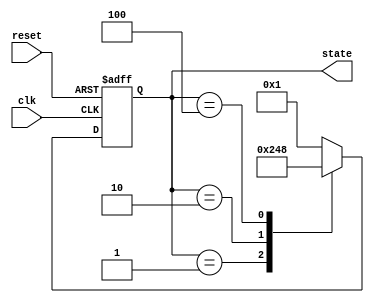
module ring_counter_moore (
    input wire clk,           // Clock signal
    input wire reset,         // Asynchronous reset signal
    output reg [3:0] state    // 4-bit output representing the state
);

// State encoding
localparam STATE_0 = 4'b0001; // State 0
localparam STATE_1 = 4'b0010; // State 1
localparam STATE_2 = 4'b0100; // State 2
localparam STATE_3 = 4'b1000; // State 3

// Sequential logic for state transitions
always @(posedge clk or posedge reset) begin
    if (reset) begin
        // Asynchronous reset to State 0
        state <= STATE_0;
    end else begin
        // State transition logic
        case (state)
            STATE_0: state <= STATE_1; // From State 0 to State 1
            STATE_1: state <= STATE_2; // From State 1 to State 2
            STATE_2: state <= STATE_3; // From State 2 to State 3
            STATE_3: state <= STATE_0; // From State 3 back to State 0
            default: state <= STATE_0; // Default to State 0
        endcase
    end
end

endmodule